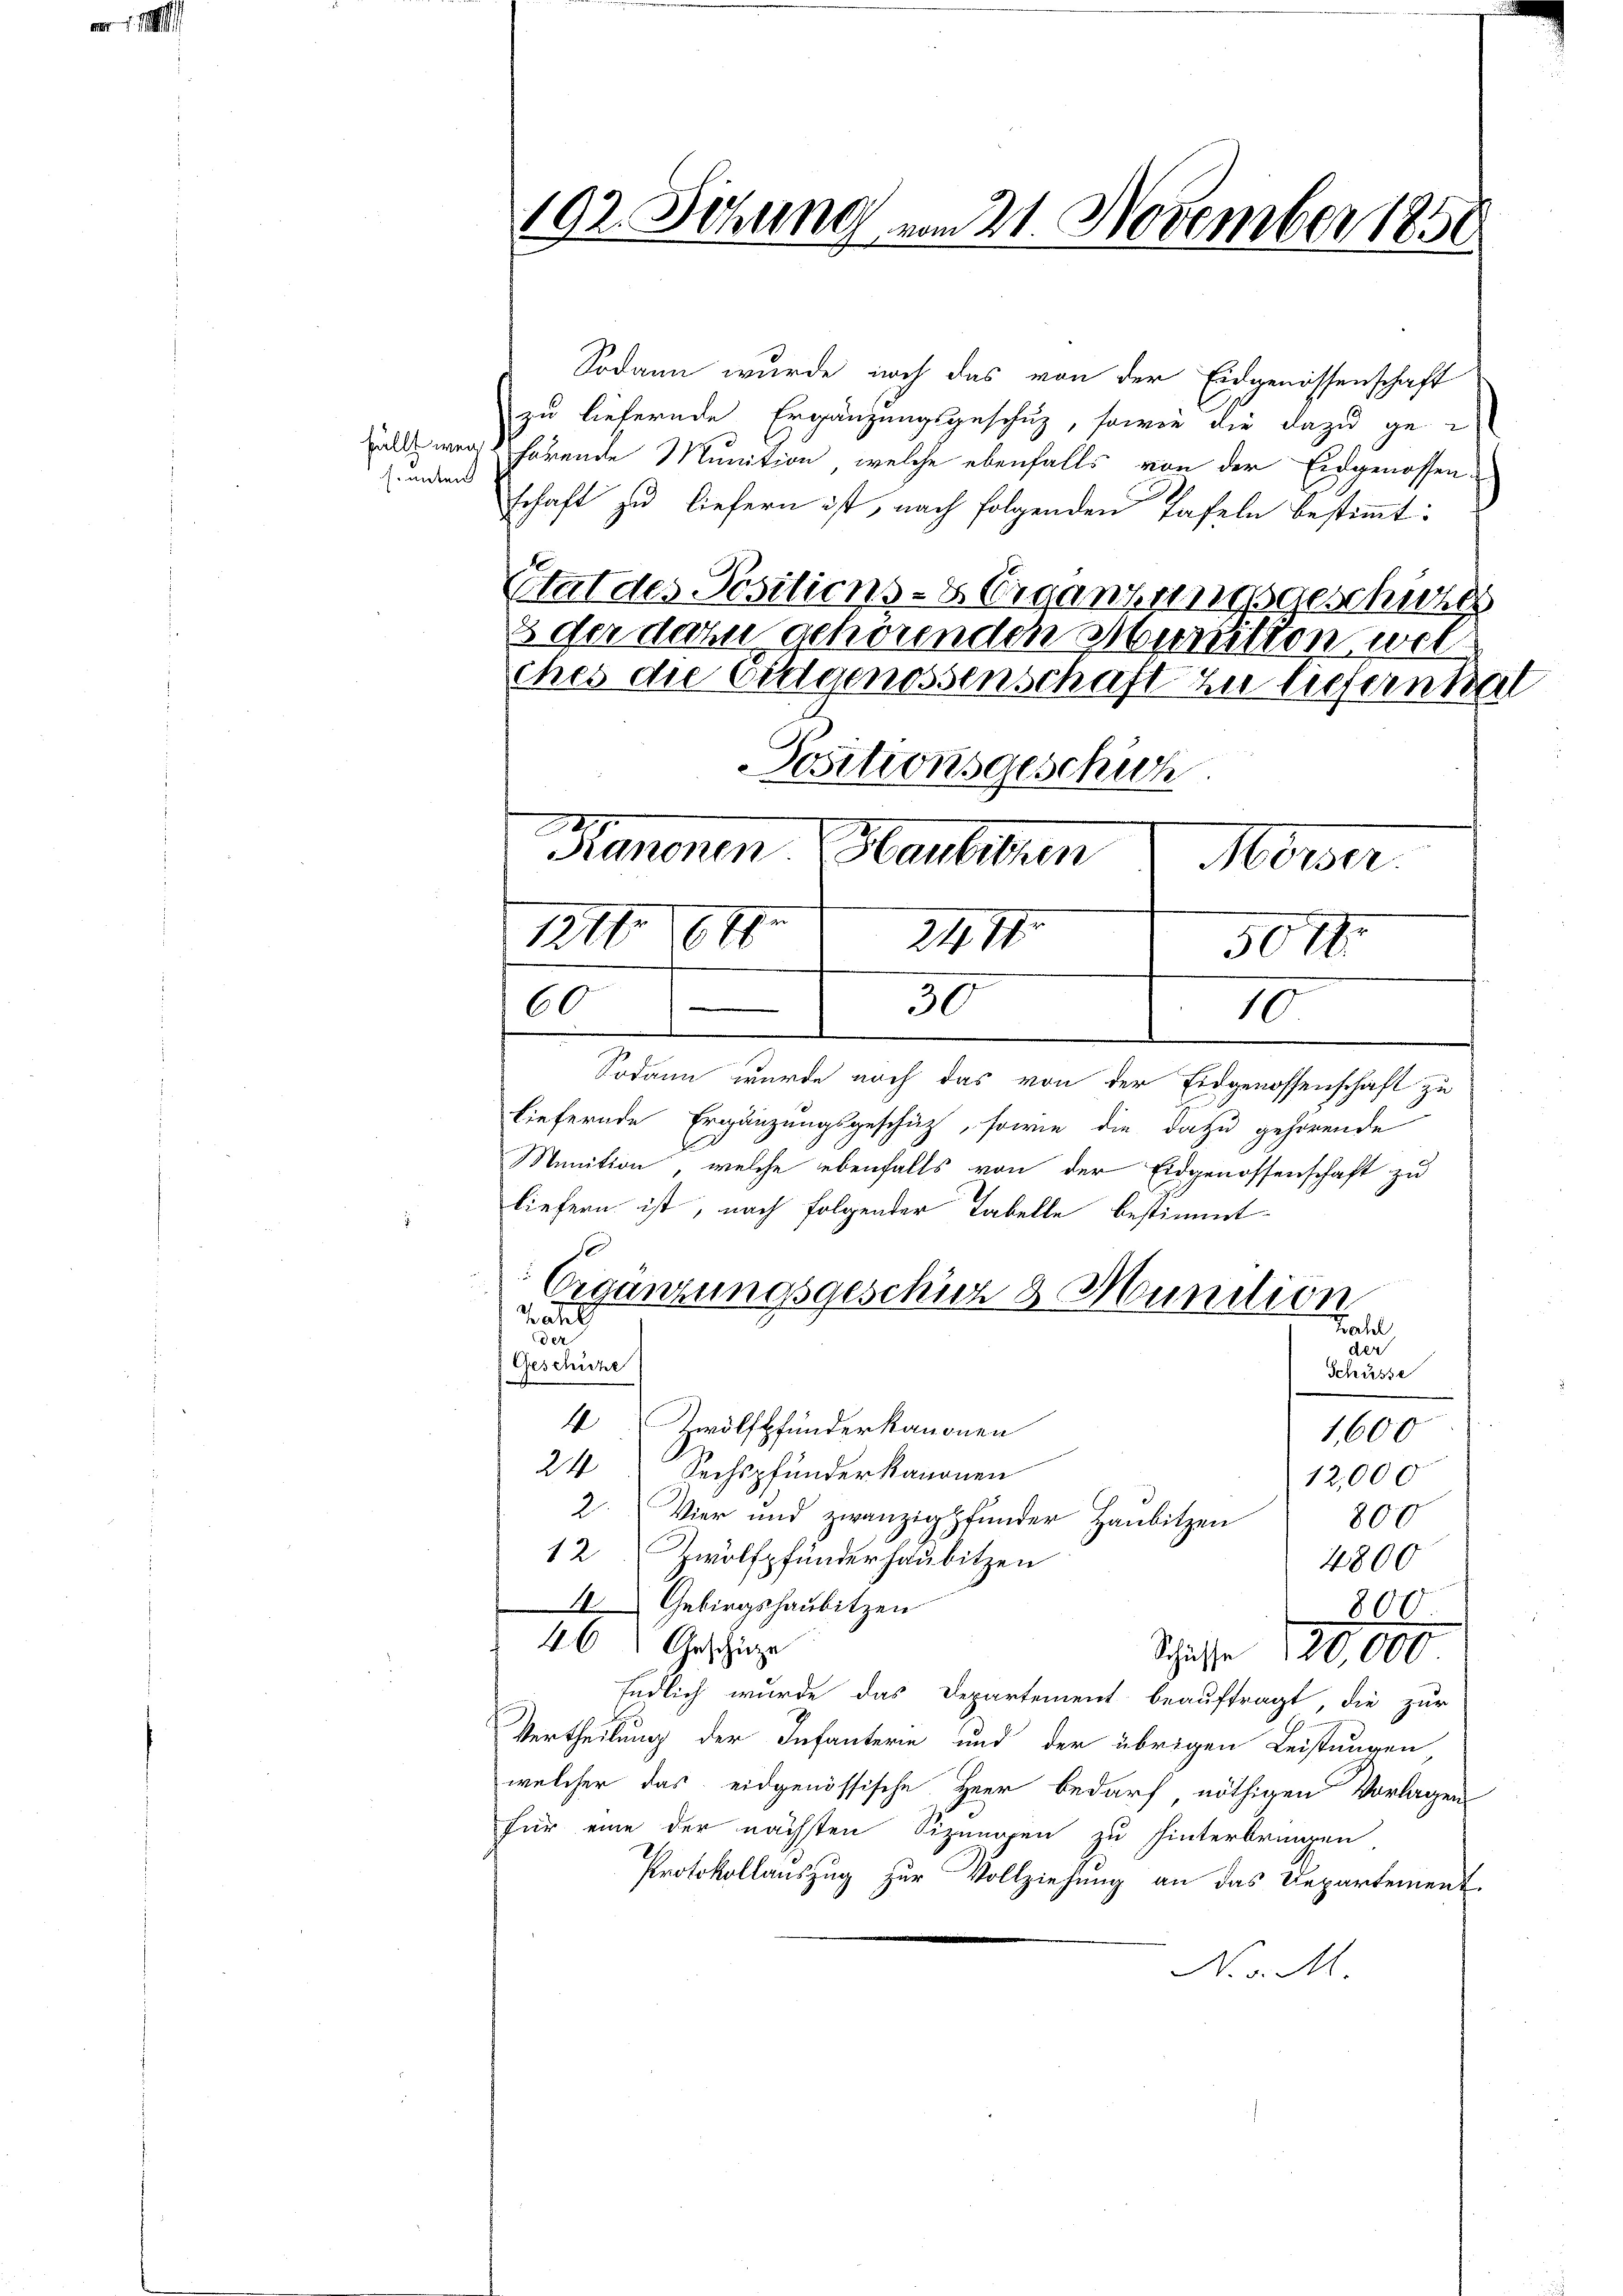
s. unten

192. Sitzung vom 21. November 1850

Sodann wurde noch das von der Eidgenossenschaft
zu liefernde Ergänzungsgeschuz, sowie die dazu ge-
ldweg hörende Munition, welche ebenfalls von der Eidgenossen
schaft zu liefern ist, nach folgenden Tafeln bestimmt:
Etat des Positions-Organzessgeschin
3 der dazu gehörenden Munition wel
ches die Eidgenossenschaft zu liefernhal
Positionsgeschwoh
Meeren Planten Morder
1211. 647. 11477

.
60

Ergänzungsgeschüz 8 Munition
a
der

30 I
30
10
Sodann wurde noch das von der Eidgenossenschaft zu

.
tiefernde Ergänzungsgeschäz, sowie die dazu gehörende
Munition, welche ebenfalls von der Eidgenossenschaft zu
liefern ist, nach folgender Tabelle bestimmt
Geschiche
Schüsse
4 Zwölfpfunder kanonen
1,600
24
Sechspfunder kanonen
12,000
2. Vier und zwanzigpfunder Haubitzen
800
12 Zwölfpfunderhaubitzen
4800
Gebirgshausitzen
800.
46 Geschäze
Schife 120,000
Endlich wurde das Departement beauftragt, die zur
Vertheilung der Infanterie und der übrigen Leistungen
welcher das eidgenössische Heer bedarf nöthigen Vorlagen
für eine der nächsten Sizungen zu hinterbringen
Protokollauszug zur Vollziehung an das Departement
No v. M.

Hald
der